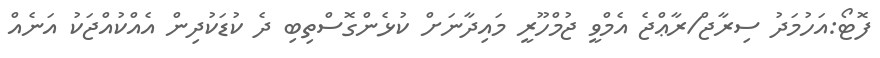
ފޮޓޯ:އަހުމަދު ސިރާޖް/ރާޢްޖެ އެމްވީ ޖުމްހޫރީ މައިދާނަށް ކުޅެންގޮސްތިބި ދެ ކުޑަކުދިން އެއްކުއްޖަކު އަނެއް